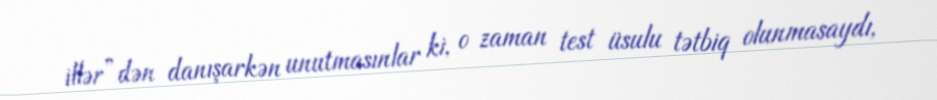
illər”dən danışarkən unutmasınlar ki, o zaman test üsulu tətbiq olunmasaydı,